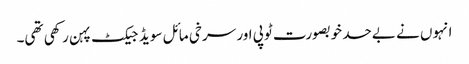
انہوں نے بےحد خوبصورت ٹوپی اور سرخی مائل سویڈ جیکٹ پہن رکھی تھی۔